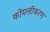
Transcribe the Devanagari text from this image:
कोमलीकरण